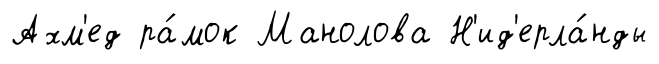
Ахм'ед ра́мок Манолова Н'ид'ерла́нды